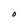
Character: O